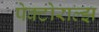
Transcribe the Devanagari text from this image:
पेक्टोराल्झ